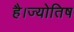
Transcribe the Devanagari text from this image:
है।ज्योतिष